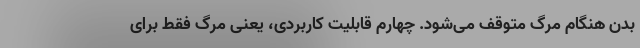
بدن هنگام مرگ متوقف می‌شود. چهارم قابلیت کاربردی، یعنی مرگ فقط برای